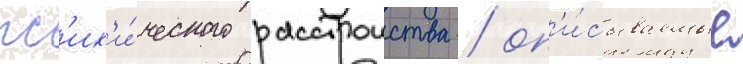
пс'их'и́ческого расстроиства / оп'и́сываемые